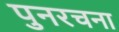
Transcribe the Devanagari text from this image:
पुनरचना